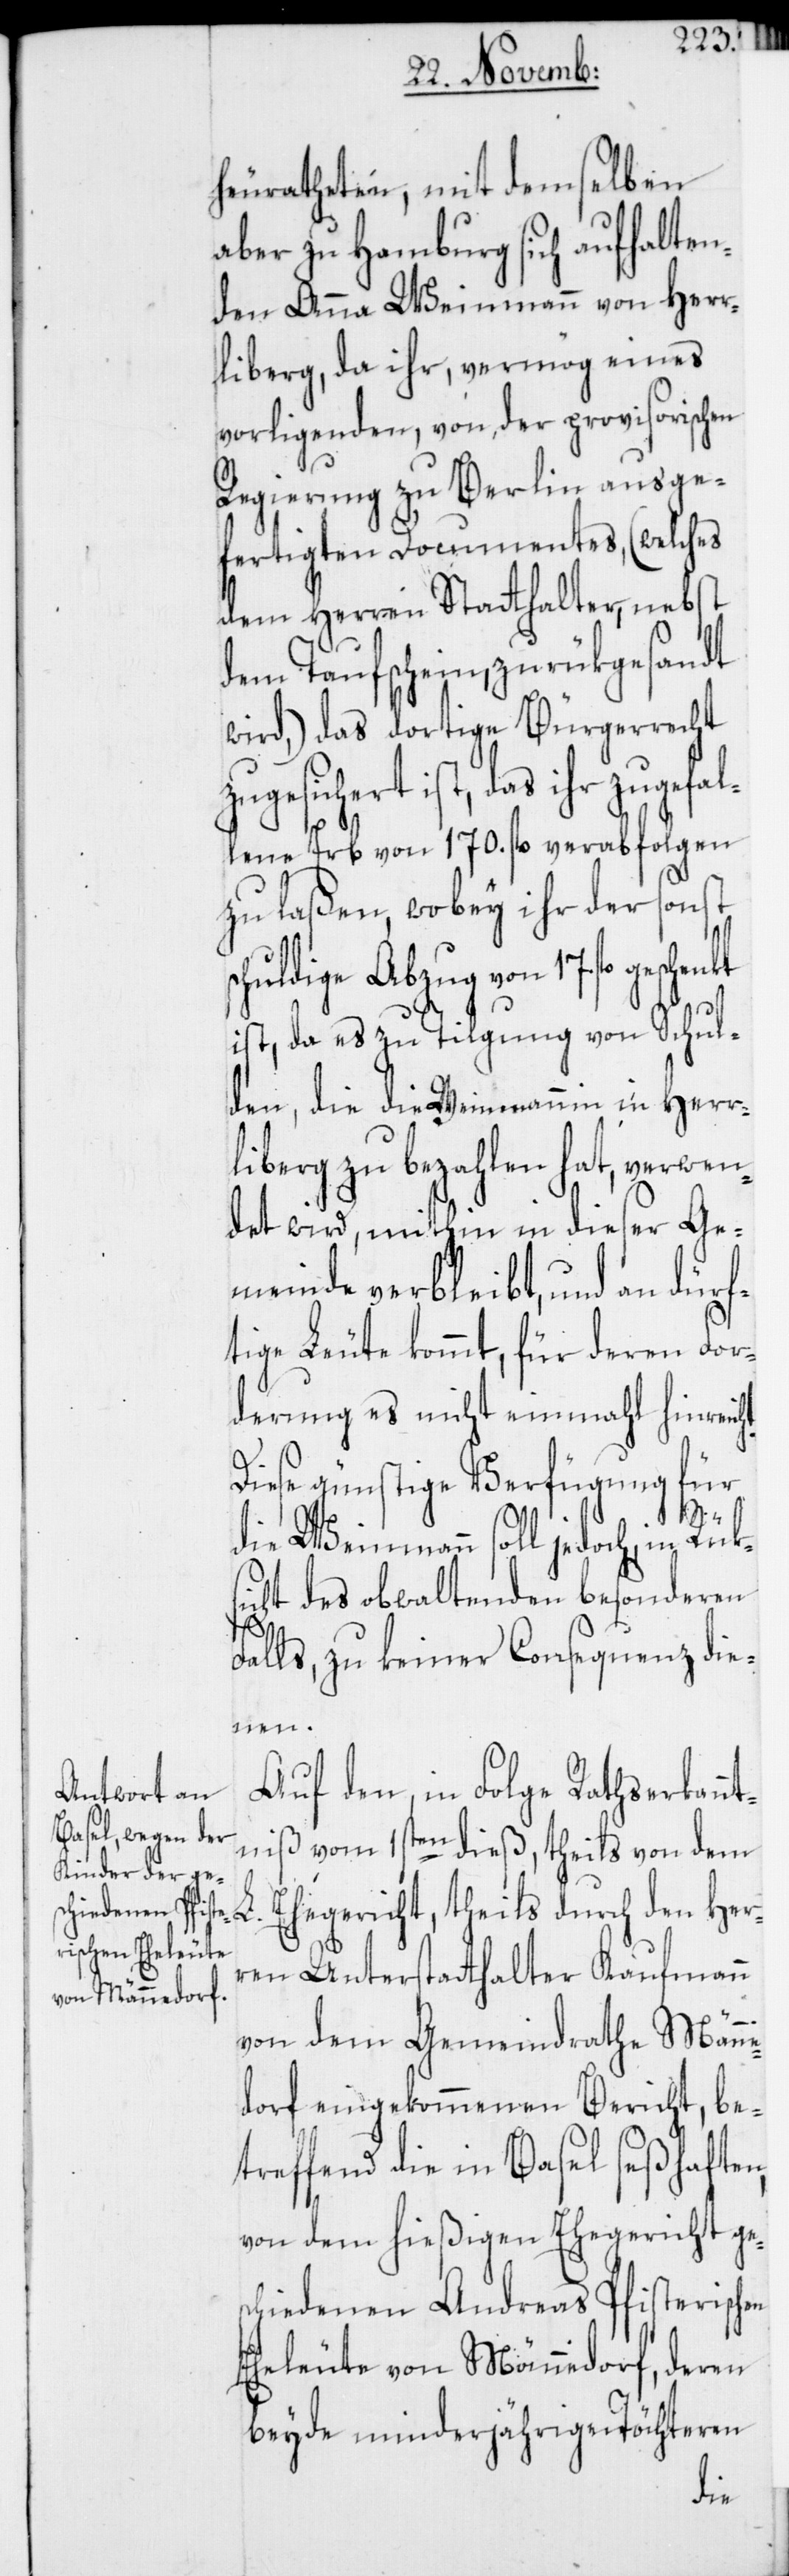
heuratheten, mit demselben
aber zu Hamburg sich aufhalten¬
den Anna Weinmann von Herr¬
liberg, da ihr, vermög eines
vorligenden, von der provisorischen
Regierung zu Berlin ausge¬
fertigten Documentes, (welches
dem Herren Statthalter, nebst
dem Taufschein, zurükgesandt
wird,) das dortige Bürgerrecht
geschenkt
lene Erb von 170. fl. verabfolgen
zu laßen, wobey ihr der sonst
chuldige Abzug von 17. fl.
ist, da es zu Tilgung von Schul¬
den, die die Weinmannin in Herr¬
liberg zu bezahlen hat, verwen¬
det wird, mithin in dieser Ge¬
meinde verbleibt, und an dürf¬
tige Leute kommt, für deren For¬
derung es nicht einmahl hinreich¬
Diese günstige Verfügung für
L.
n,
die Weinmann soll jedoch in Rüks¬
icht des obwaltenden besonderen
alls, zu keiner Consequenz die¬
nen.
Auf den, in Folge Rathserkannt¬
niß vom 1sten dieß, theils von dem
Ehegericht, theils durch den Her¬
ren Unterstatthalter Kaufmann
von dem Gemeindrathe Män¬
dorf eingekommenen Bericht, be¬
treffend die in Basel seßhafte¬
von dem hießigen Ehegericht ge¬
schiedenen Andreas Pfisterischen
Eheleute von Männedorf, deren
beyde minderjährigen Töchteren